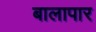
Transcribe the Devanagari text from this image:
बालापार